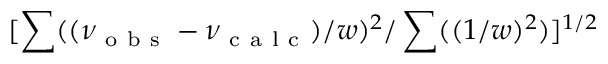
[ \sum ( ( \nu _ { \mathrm { ~ o ~ b ~ s ~ } } - \nu _ { \mathrm { ~ c ~ a ~ l ~ c ~ } } ) / w ) ^ { 2 } / \sum ( ( 1 / w ) ^ { 2 } ) ] ^ { 1 / 2 }